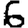
Digit: 6